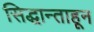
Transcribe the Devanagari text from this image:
सिद्धान्ताहून